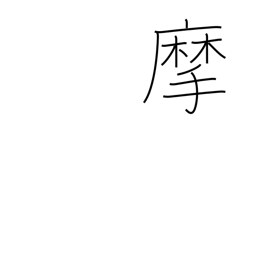
Meaning: scrape